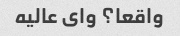
واقعا؟ وای عالیه